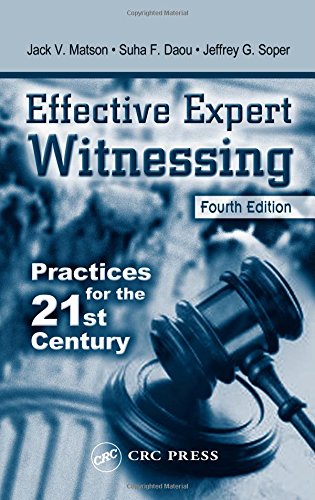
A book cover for Effective Expert Witnessing, Fourth Edition: Practices for the 21st Century; Jack V. Matson; Law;